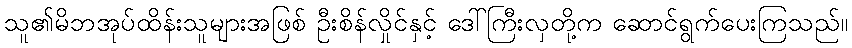
သူ၏မိဘအုပ်ထိန်းသူများအဖြစ် ဦးစိန်လှိုင်နှင့် ဒေါ်ကြီးလှတို့က ဆောင်ရွက်ပေးကြသည်။